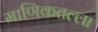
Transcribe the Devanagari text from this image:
माणिकतल्ला